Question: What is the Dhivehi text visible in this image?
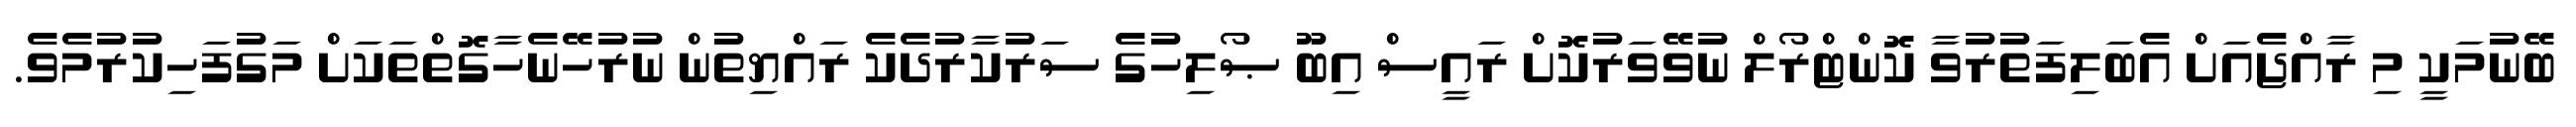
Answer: ބޭނުމަކީ މި ރާއްޖެއަށް އެބަލިފަތުރުވާ ކޮންޓްރޯލް ނުވޭވަރުކޮށް ރައީސް އިބޫ ޞޯލިހުގެ ސަރުކާރުދެކެ ރައްޔިތުން ނުރުހޭނެހާގޮތްތަކަށް މަގުފަހިކުރުމެވެ.